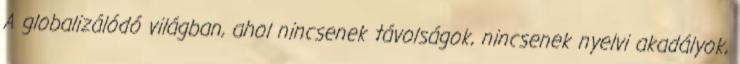
A globalizálódó világban, ahol nincsenek távolságok, nincsenek nyelvi akadályok,